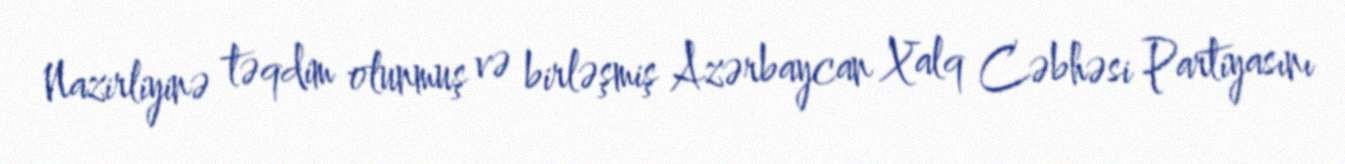
Nazirliyinə təqdim olunmuş və birləşmiş Azərbaycan Xalq Cəbhəsi Partiyasını